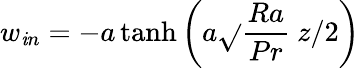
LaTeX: w_{\mathit{i}n}=-a\operatorname{tanh}{\left(a\sqrt{}{{\frac{{Ra}}{{Pr}}}}\ z/2\right)}